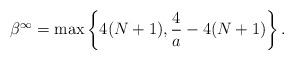
LaTeX: \begin{align*}\beta^\infty = \max \left\{ 4(N+1), \frac{4}{a} - 4(N+1) \right\}.\end{align*}